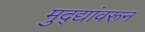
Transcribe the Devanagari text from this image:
मुद्द्यांवरून